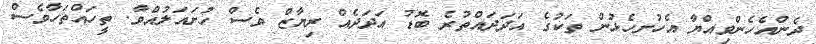
ދެންއެހެންވިއްޔާ އެހުށހެޅުން ތަކުގެ އަދަދައްތުރެ ބޮޑު އަދަދެއް ރިޔާޒް ވެސް ހުށައަލުއްވާ. ތީހައްތަހާވެސް